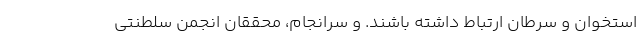
استخوان و سرطان ارتباط داشته باشند. و سرانجام، محققان انجمن سلطنتی